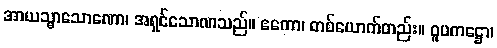
အာယသ္မာသောဏော၊ အရှင်သောဏသည်။ ဧကော၊ တစ်ယောက်တည်း။ ဝူပကဋ္ဌော၊